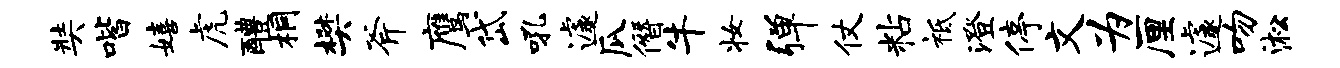
奘喈嬉虎醴桐樊斧鹰岱吼遽瓜僭牛妆弹仗粘祗澄停文为厘遽吻淞